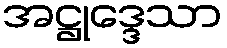
အဋ္ဌုဒ္ဒေသာ